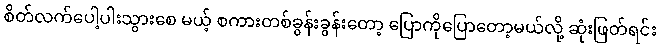
စိတ်လက်ပေါ့ပါးသွားစေ မယ့် စကားတစ်ခွန်းခွန်းတော့ ပြောကိုပြောတော့မယ်လို့ ဆုံးဖြတ်ရင်း